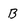
Character: B